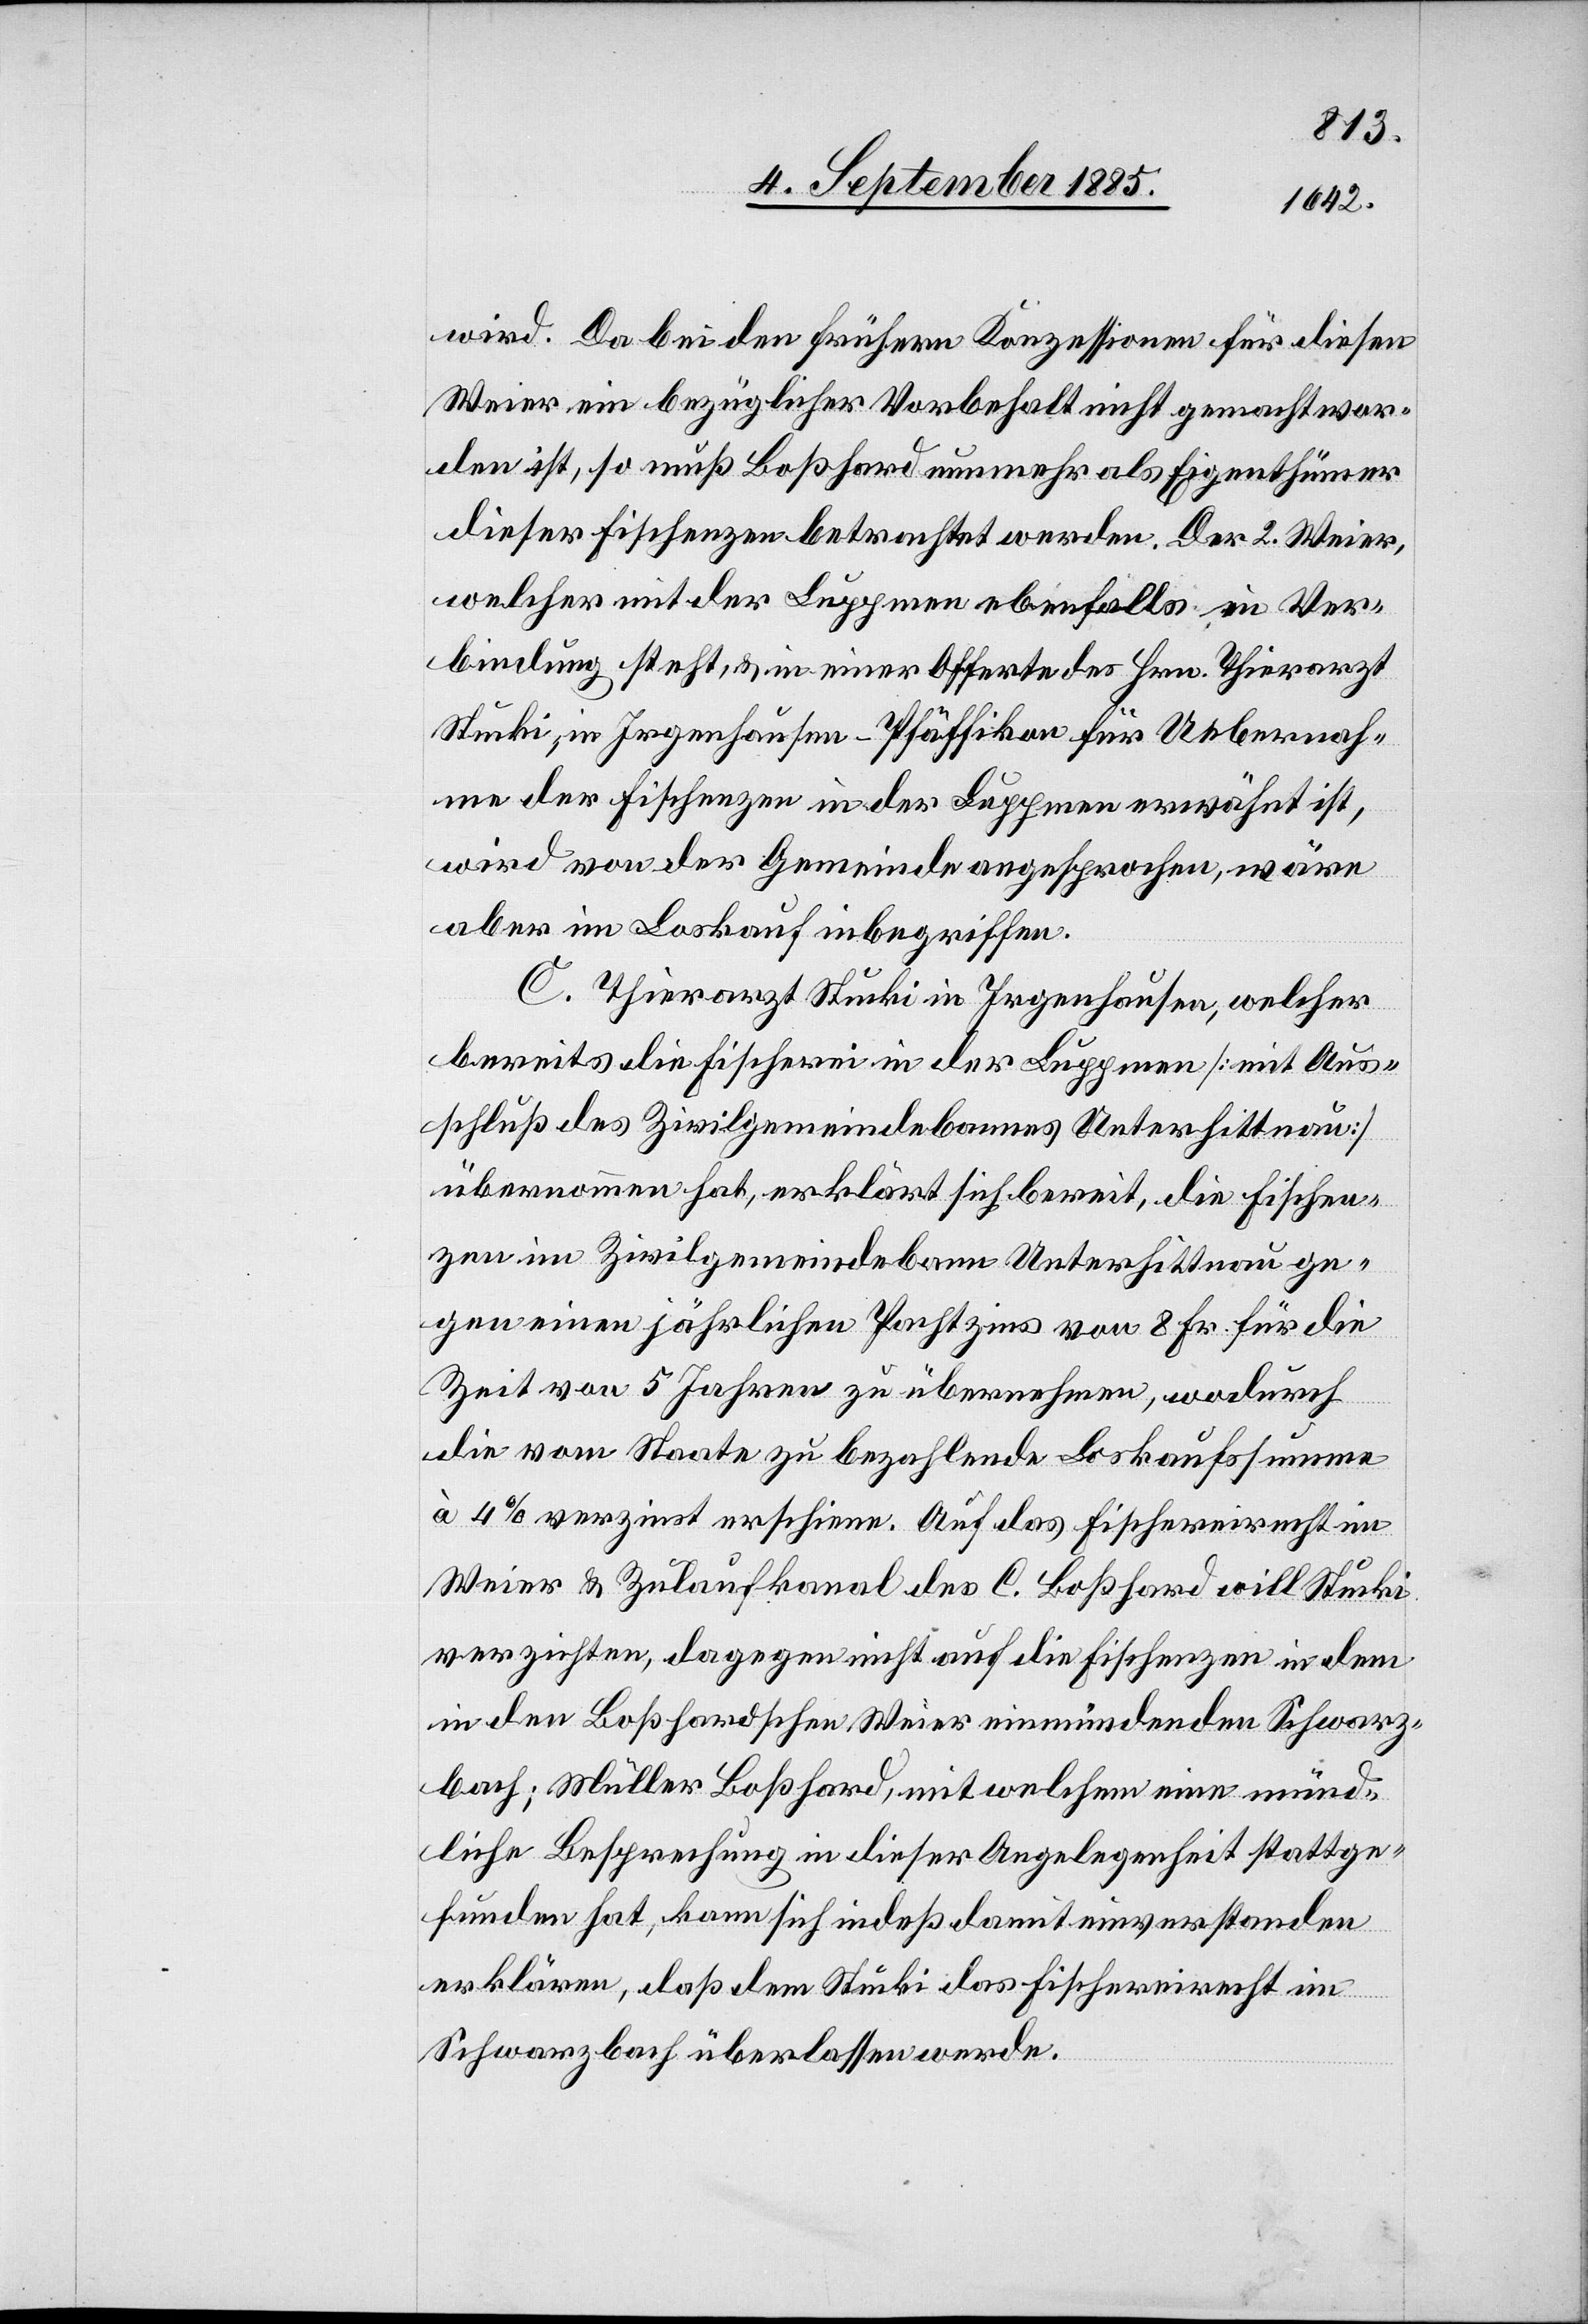
wird. Da bei der frühern Konzessionen für diesen
Weier ein bezüglicher Vorbehalt nicht gemacht wor¬
den ist, so muß Boßhard nunmehr als Eigenthümer
dieser Fischenzen betrachtet werden. Der 2. Weier,
welcher mit der Luppmen ebenfalls in der
bindung steht, & in einer Offerte des Hrn. Thierarzt
Stucki, in Irgenhausen - Pfäffikon für Uebernah¬
me der Fischenzen in der Luppmen erwähnt ist,
wird von der Gemeinde angesprochen, wäre
aber im Loskauf inbegriffen.
C. Thierarzt Stucki in Irgenhausen, welcher
bereits die Fischerei in der Luppmen [mit Aus¬
schluß des Zivilgemeindebannes Unterhittnau]
übernommen hat, erklärt sich bereit, die Fischen¬
zen im Zivilgemeindebann Unterhittnau ge¬
gen einen jährlichen Pachtzins von 8 Fr. für die
Zeit von 5 Jahren zu übernehmen, wodurch
Ver¬
die vom Staate zu bezahlende Loskaufsumme
à 4% verzinst erschiene. Auf das Fischereirecht im
Weier & Zulaufkanal des C. Boßhard will Stucki
verzichten, dagegen nicht auf die Fischenzen in dem
in den Boßhardschen Weier einmündenden Schwarz¬
bach; Müller Boßhard, mit welchem eine münd¬
liche Besprechung in dieser Angelegenheit stattge¬
funden hat, kann sich indeß damit einverstanden
erklären, daß dem Stucki das Fischereirecht im
Schwarzbach überlassen werde.